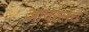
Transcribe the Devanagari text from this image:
आंदरलेच